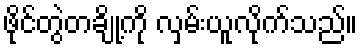
ဖိုင်တွဲတချို့ကို လှမ်းယူလိုက်သည်။